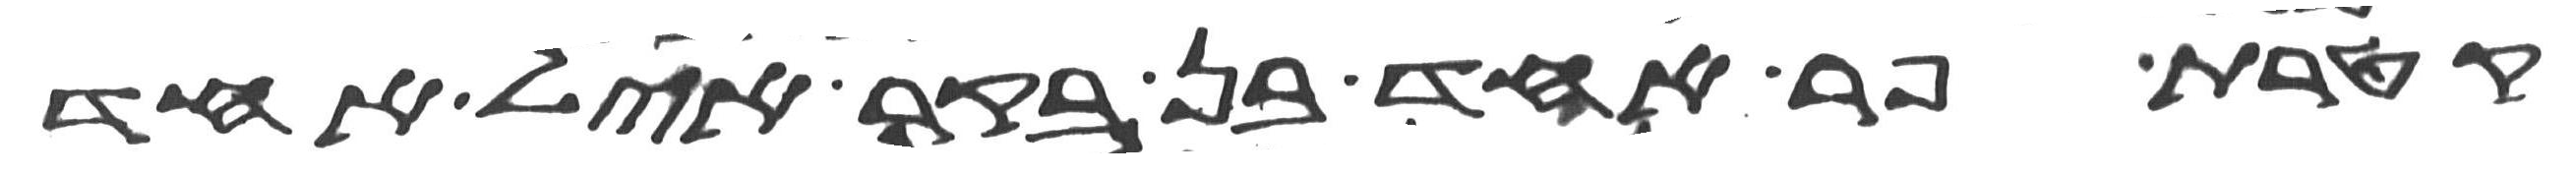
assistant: קטרת פר אחד בן בקר איל אחד